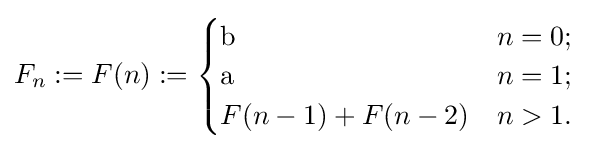
F_{n}:=F(n):={\begin{cases}{\text{b}}&n=0;\\{\text{a}}&n=1;\\F(n-1)+F(n-2)&n>1.\\\end{cases}}